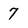
Character: 7